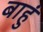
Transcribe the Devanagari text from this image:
बाहुं